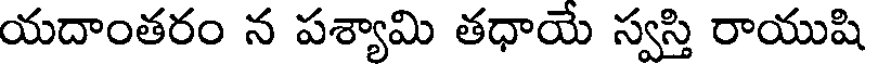
యదాంతరం న పశ్యామి తధాయే స్వస్తి రాయుషి